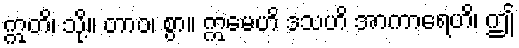
ဣတိ၊ သို့။ တာဝ၊ စွာ။ ဣမေဟိ ဒသဟိ အာကာရေဟိ၊ ဤ